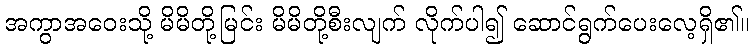
အကွာအဝေးသို့ မိမိတို့မြင်း မိမိတို့စီးလျက် လိုက်ပါ၍ ဆောင်ရွက်ပေးလေ့ရှိ၏။